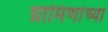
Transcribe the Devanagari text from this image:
ग्रामिणांच्या